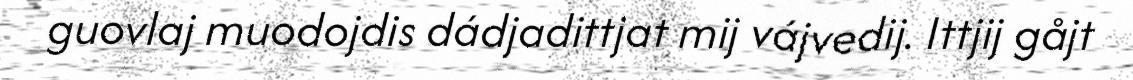
guovlaj muodojdis dádjadittjat mij vájvedij. Ittjij gåjt